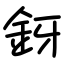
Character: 釾